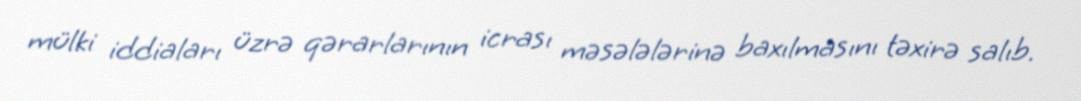
mülki iddiaları üzrə qərarlarının icrası məsələlərinə baxılmasını təxirə salıb.